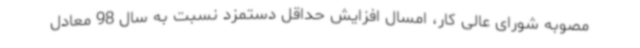
مصوبه شورای عالی کار، امسال افزایش حداقل دستمزد نسبت به سال 98 معادل